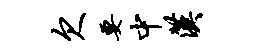
欠要中汉